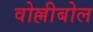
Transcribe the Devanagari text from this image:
वोल्लीबोल